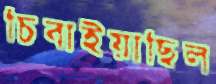
চিবাইয়াছিল